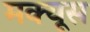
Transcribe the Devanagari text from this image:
मक्यूस